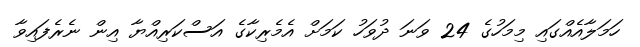
ހަމަލާއެއްގައި މިމަހުގެ 24 ވަނަ ދުވަހު ކަމަށް އެމެރިކާގެ އަސްކަރިއްޔާ އިން ނެރެފައިވާ